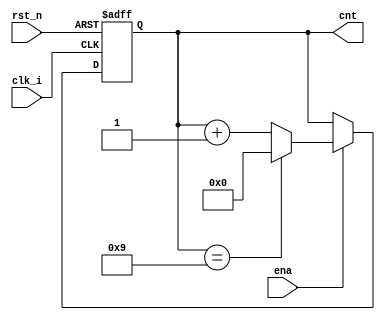
//***************************************************************
// Email: 
// Created Time: 20230520  210222
// Description: 
// Revision history:
//***************************************************************

module bcd_counter(
    input clk_i      ,
    input rst_n      ,
    input ena        ,
    output [3:0] cnt
);

    reg [3:0] cnt_r;

    always @(posedge clk_i, negedge rst_n) begin
        if(!rst_n) begin
            cnt_r <= 4'b0000;
        end else if(ena) begin
            if( cnt_r == 4'b1001 ) cnt_r <= 4'b0000;
            else cnt_r <= cnt_r + 1'b1;
        end
    end

    assign cnt = cnt_r;

endmodule